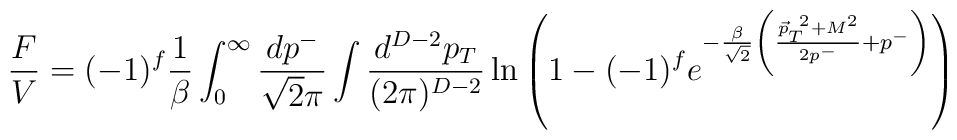
\frac{F}{V}= (-1)^f\frac{1}{\beta}\int_0^\infty \frac{dp^-}{\sqrt{2}\pi}\int \frac{d^{D-2}p_T}{(2\pi)^{D-2}}\ln\left( 1-(-1)^f e^{-\frac{\beta}{\sqrt{2}}\left(\frac{{\vec p_T}^{~2}+M^2}{2p^-}+p^-\right)}\right)